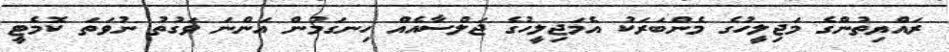
ރައްޔިތުންގެ މަޖިލީހުގެ މެންބަރަކު އެމަޖިލީހުގެ ޖަލްސާއެއް ހިނގަމުން އަންނަ ވަގުތު ނުވަތަ ކޮމެޓީ